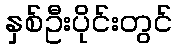
နှစ်ဦးပိုင်းတွင်